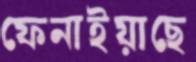
ফেনাইয়াছে